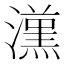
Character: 𱩭